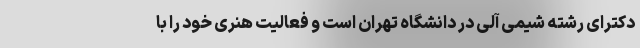
دکترای رشته شیمی آلی در دانشگاه تهران است و فعالیت هنری خود را با